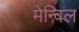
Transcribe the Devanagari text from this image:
मेन्विल